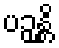
ပဉှန္တိ